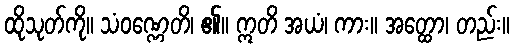
ထိုသုတ်ကို။ သံဝဏ္ဏေတိ၊ ၏။ ဣတိ အယံ၊ ကား။ အတ္ထော၊ တည်း။